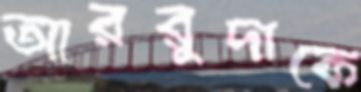
আররুদাকে